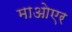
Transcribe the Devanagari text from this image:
माओएर